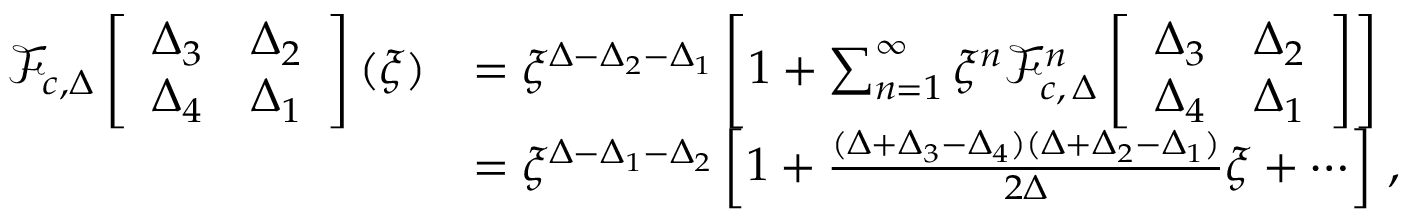
\begin{array} { r l } { \mathcal { F } _ { c , \Delta } \left[ \begin{array} { l l } { \Delta _ { 3 } } & { \Delta _ { 2 } } \\ { \Delta _ { 4 } } & { \Delta _ { 1 } } \end{array} \right] ( \xi ) } & { = \xi ^ { \Delta - \Delta _ { 2 } - \Delta _ { 1 } } \left[ 1 + \sum _ { n = 1 } ^ { \infty } \xi ^ { n } \mathcal { F } _ { c , \, \Delta } ^ { n } \left[ \begin{array} { l l } { \Delta _ { 3 } } & { \Delta _ { 2 } } \\ { \Delta _ { 4 } } & { \Delta _ { 1 } } \end{array} \right] \right] } \\ & { = \xi ^ { \Delta - \Delta _ { 1 } - \Delta _ { 2 } } \left[ 1 + { \frac { ( \Delta + \Delta _ { 3 } - \Delta _ { 4 } ) ( \Delta + \Delta _ { 2 } - \Delta _ { 1 } ) } { 2 \Delta } } \xi + \cdots \right] \, , } \end{array}